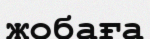
жобаға